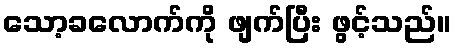
သော့ခလောက်ကို ဖျက်ပြီး ဖွင့်သည်။